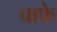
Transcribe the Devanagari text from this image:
चाफे